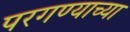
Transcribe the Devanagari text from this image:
परगण्याच्या